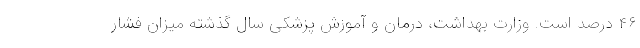
۴۶ درصد است. وزارت بهداشت، درمان و آموزش پزشکی سال گذشته میزان فشار